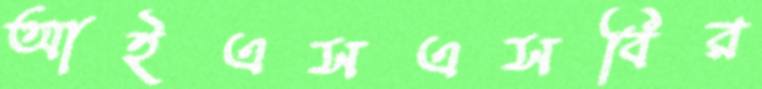
আইএসএসবির